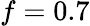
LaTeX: f=0.7